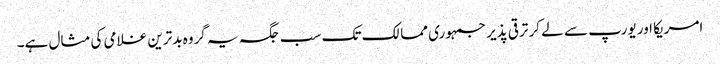
امریکا اور یورپ سے لے کر ترقی پذیر جمہوری ممالک تک سب جگہ یہ گروہ بدترین غلامی کی مثال ہے۔